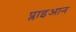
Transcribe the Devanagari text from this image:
प्लाइआन